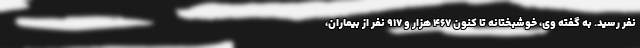
نفر رسید. به گفته وی، خوشبختانه تا کنون ۴۶۷ هزار و ۹۱۷ نفر از بیماران،